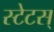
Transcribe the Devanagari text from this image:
स्टेटस्